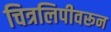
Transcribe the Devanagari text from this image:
चित्रलिपीवरून